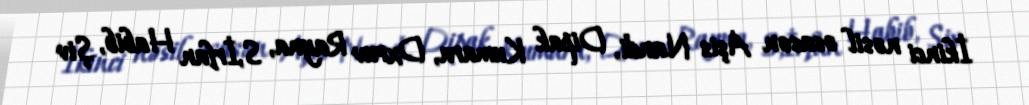
İkinci nəsil əsasən Aşis Nandi, Dipak Kumara, Dxruv Rayna, S,İrfan Habib, Şiv